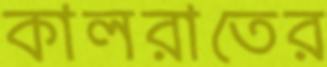
কালরাতের